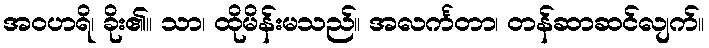
အဝဟရိ၊ ခိုး၏။ သာ၊ ထိုမိန်းမသည်။ အလင်္ကတာ၊ တန်ဆာဆင်လျက်။